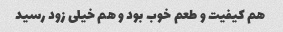
هم کیفیت و طعم خوب بود و هم خیلی زود رسید